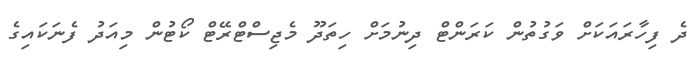
ދެ ފިހާރައަކަށް ވަގުތުން ކަަރަންޓް ދިނުމަށް ހިތަދޫ މެޖިސްޓްރޭޓް ކޯޓުން މިއަދު ފެނަކައިގެ